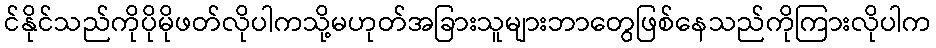
င်နိုင်သည်ကိုပိုမိုဖတ်လိုပါကသို့မဟုတ်အခြားသူများဘာတွေဖြစ်နေသည်ကိုကြားလိုပါက